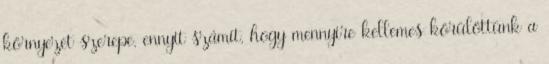
környezet szerepe, ennyit számít, hogy mennyire kellemes körülöttünk a